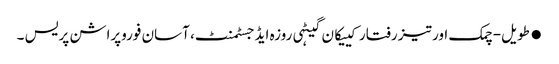
●طویل-چمک اور تیز رفتار کییکان گیٹہی روزہ ایڈجسٹمنٹ، آسان فوروپراشن پریس ۔